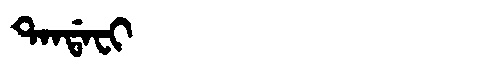
Manchu: ᡨᠠᠨᡩᠠᠸᡳ
Romanization: TANDAFI